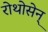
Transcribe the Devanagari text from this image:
रोथोसेन्